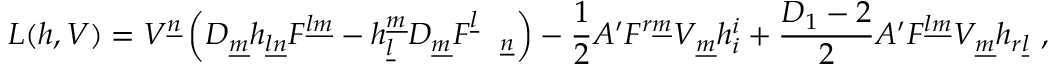
L ( h , V ) = V ^ { \underline { { n } } } \left( D _ { \underline { { m } } } h _ { \underline { { l } } \underline { { n } } } F ^ { \underline { { l } } \underline { { m } } } - h _ { \underline { { l } } } ^ { \underline { { m } } } D _ { \underline { { m } } } F _ { \quad \underline { { n } } } ^ { \underline { { l } } } \right) - \frac { 1 } { 2 } A ^ { \prime } F ^ { r \underline { { m } } } V _ { \underline { { m } } } h _ { i } ^ { i } + \frac { D _ { 1 } - 2 } { 2 } A ^ { \prime } F ^ { \underline { { l } } \underline { { m } } } V _ { \underline { { m } } } h _ { r \underline { { l } } } ~ ,